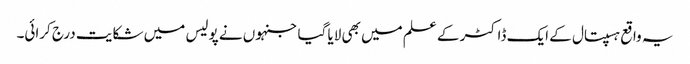
یہ واقع ہسپتال کے ایک ڈاکٹر کے علم میں بھی لایا گیا جنہوں نے پولیس میں شکایت درج کرائی۔